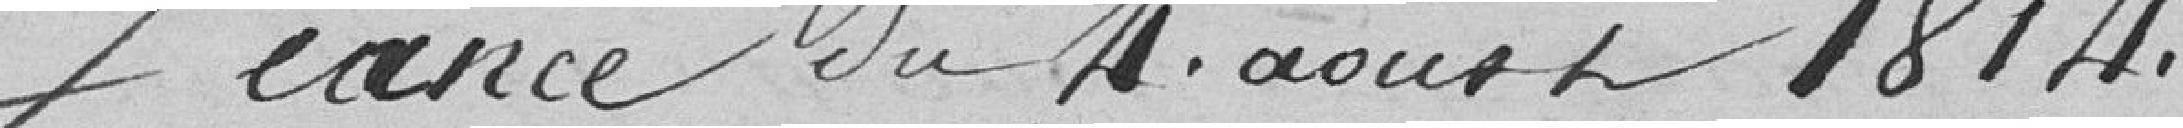
Séance du 4 aoust 1814